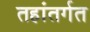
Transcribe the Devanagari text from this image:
तहांतर्गत